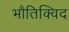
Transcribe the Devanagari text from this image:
भौतिक्विद